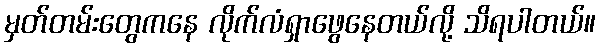
မှတ်တမ်းတွေကနေ လိုက်လံရှာဖွေနေတယ်လို့ သိရပါတယ်။